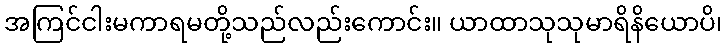
အကြင်ငါးမကာရမတို့သည်လည်းကောင်း။ ယာထာသုသုမာရိနိယောပိ၊